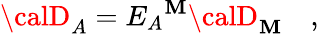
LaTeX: {\calD}_{A}=E_{A}{}^{\mathbf{M}}{\calD}_{\mathbf{M}}\quad,